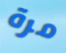
مرة